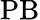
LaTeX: \mathrm{PB}